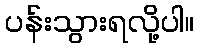
ပန်းသွားရလို့ပါ။